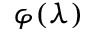
\varphi ( \lambda )